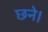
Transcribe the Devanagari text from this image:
छने।